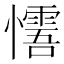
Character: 𢤓